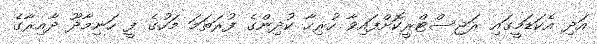
އަދި އެކަޑަމީގައި ރަޖިސްޓްރީކޮށްފައިވާ ހުރިހާ ކުދިންގެ ފުރަތަމަ މަހުގެ ފީ ހަނިމާދޫ ދާއިރާގެ